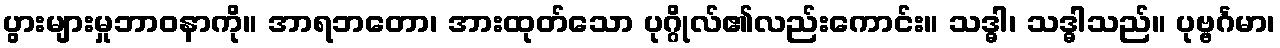
ပွားများမှုဘာဝနာကို။ အာရဘတော၊ အားထုတ်သော ပုဂ္ဂိုလ်၏လည်းကောင်း။ သဒ္ဓါ၊ သဒ္ဓါသည်။ ပုဗ္ဗင်္ဂမာ၊